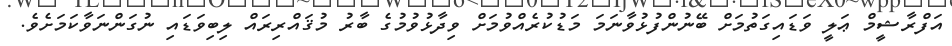
އަފްރާޝީމް ޢަލީ ވަޑައިގަތުމަށް ބޭނުންފުޅުވާނަމަ މަޑުކުރެއްވުމަށް ވިދާޅުވުމުގެ ބާރު މުޤައްރިރައް ލިބިވަޑައި ނުގަންނަވާކަމަށެވެ.